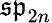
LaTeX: {\mathfrak{sp}}_{2n}